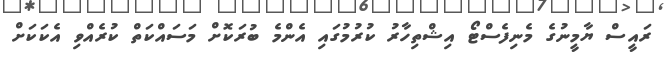
ރައީސް ޔާމީނުގެ މެނިފެސްޓޯ އިޝްތިހާރު ކުރުމުގައި އެންމެ ބުރަކޮށް މަސައްކަތް ކުރެއްވި އެކަކަށް